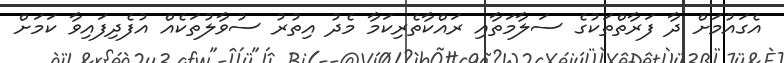
އެގައުމަށް ދާ ފަރާތްތަކުގެ ސަލާމަތާއި ރައްކާތެރިކަމާ މެދު އިތުރު ސުވާލުތަކެއް އުފެދިފައިވާ ކަމަށް